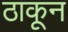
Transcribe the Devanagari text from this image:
ठाकून